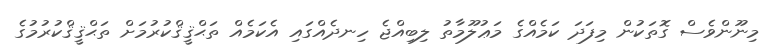
މިނޫންވެސް ގޮތަކުން މިފަދަ ކަމެއްގެ މަޢުލޫމާތު ލިބިއްޖެ ހިނދެއްގައި އެކަމެއް ތަޙްޤީޤްކުރުމަށް ތަޙްޤީޤްކުރުމުގެ